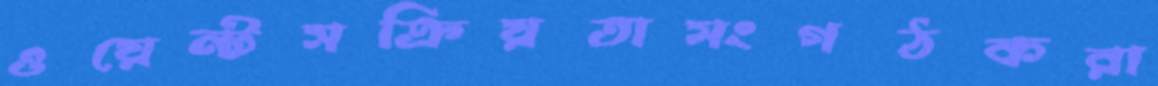
ওয়েন্টসক্রিয়তাসংগঠকরা